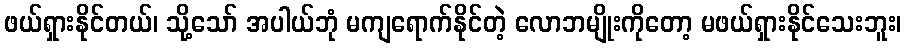
ဖယ်ရှားနိုင်တယ်၊ သို့သော် အပါယ်ဘုံ မကျရောက်နိုင်တဲ့ လောဘမျိုးကိုတော့ မဖယ်ရှားနိုင်သေးဘူး၊